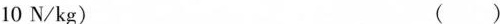
10N/kg) ( )